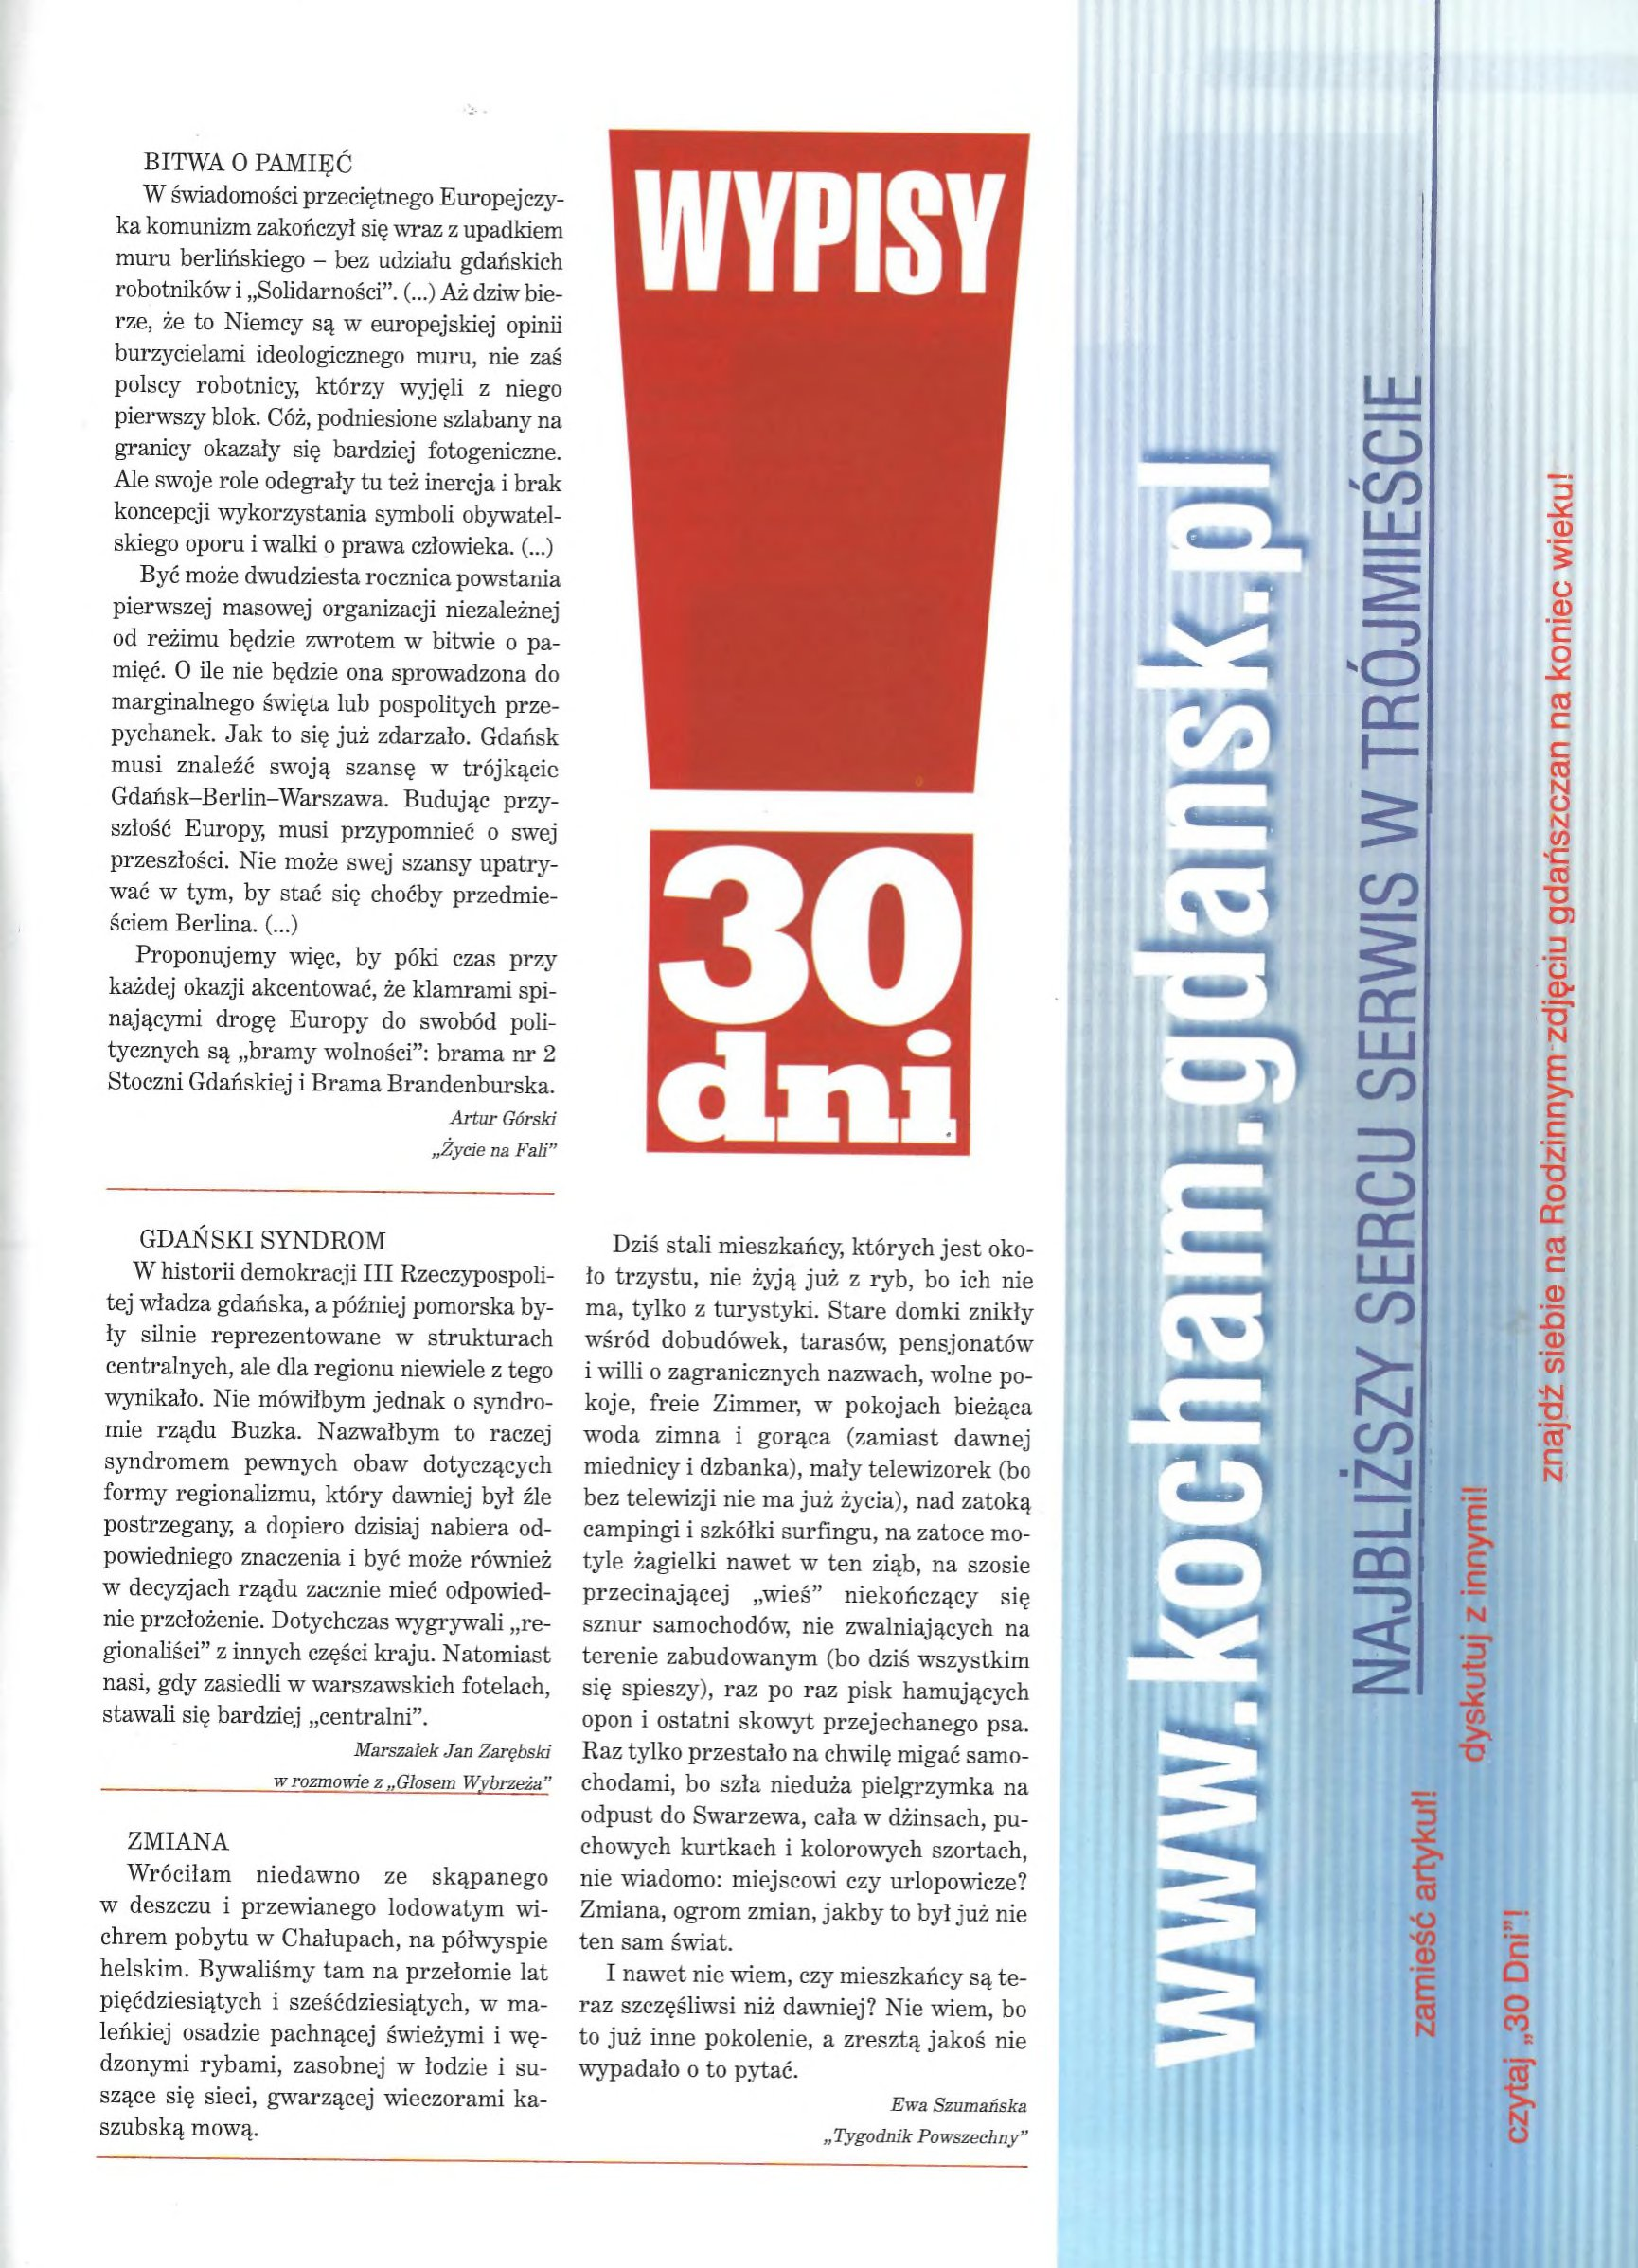
Language: pl